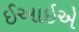
ઈઆઇએ